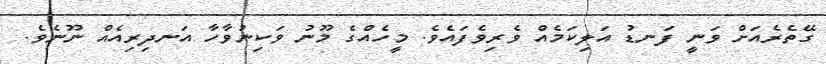
ގޭތެރެއަށް ވަނީ ފަނޑު އަލިކަމެއް ވެރިވެފައެވެ. މީހެއްގެ މޫނު ވަކިނުވާހާ އަނދިރިއެއް ނޫނެވެ.